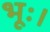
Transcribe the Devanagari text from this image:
भूः।